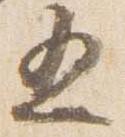
五